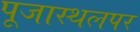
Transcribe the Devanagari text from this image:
पूजास्थलपर